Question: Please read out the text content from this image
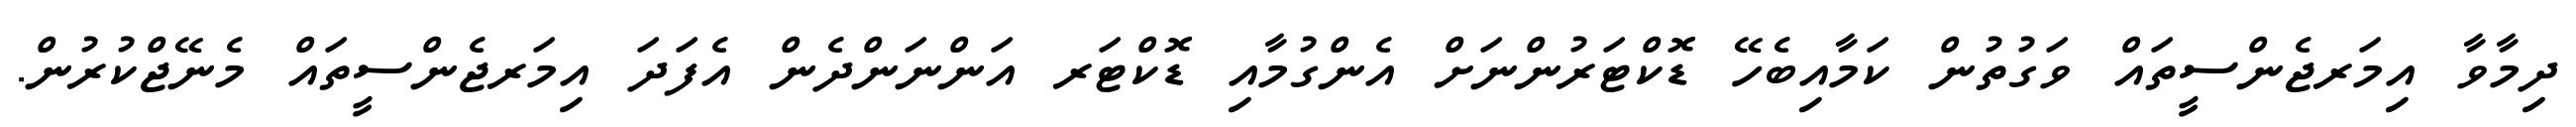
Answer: ދިމާވާ އިމަރޖެންސީތައް ވަގުތުން ކަމާއިބެހޭ ޑޮކްޓަރުންނަށް އެންގުމާއި ޑޮކްޓަރ އަންނަންދެން އެފަދަ އިމަރޖެންސީތައް މެނޭޖްކުރުން.